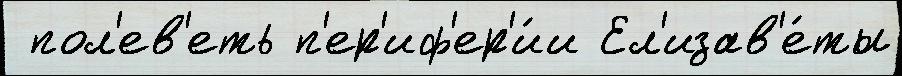
 пол'ев'еть п'ер'иф'ер'и́и Ел'изав'е́ты